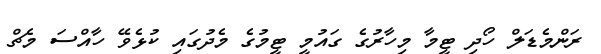
ރަންމެޑަލް ހޯދި ޓީމާ މިހާރުގެ ގައުމީ ޓީމުގެ މެދުގައި ކުޅެވޭ ހާއްސަ މެޗް